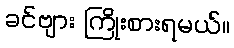
ခင်ဗျား ကြိုးစားရမယ်။